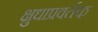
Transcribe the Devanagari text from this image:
क्षुधाप्रवर्तक